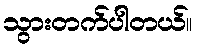
သွားတက်ပါတယ်။